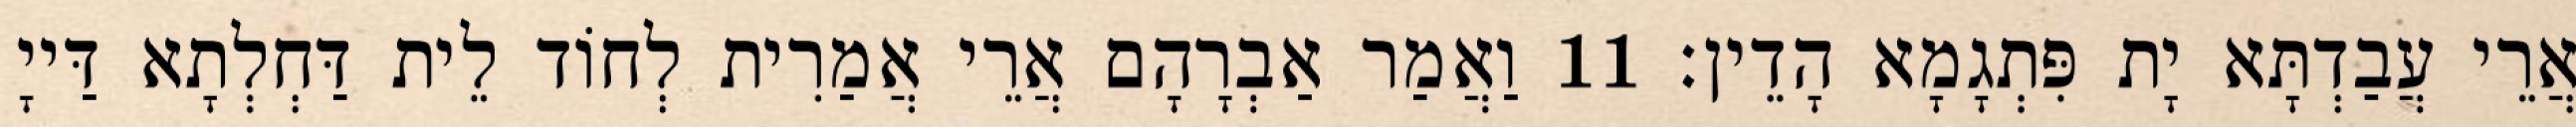
אֲרֵי עֲבַדְתָּא יָת פִּתְגָמָא הָדֵין׃ 11 וַאֲמַר אַבְרָהָם אֲרֵי אֲמַרִית לְחוֹד לֵית דַּחְלְתָא דַּייָ